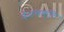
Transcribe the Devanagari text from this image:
देशभक्‍ित